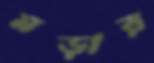
মড়ার